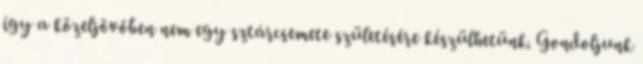
így a közeljövőben nem egy sztárcsemete születésére készülhetünk. Gondoljunk